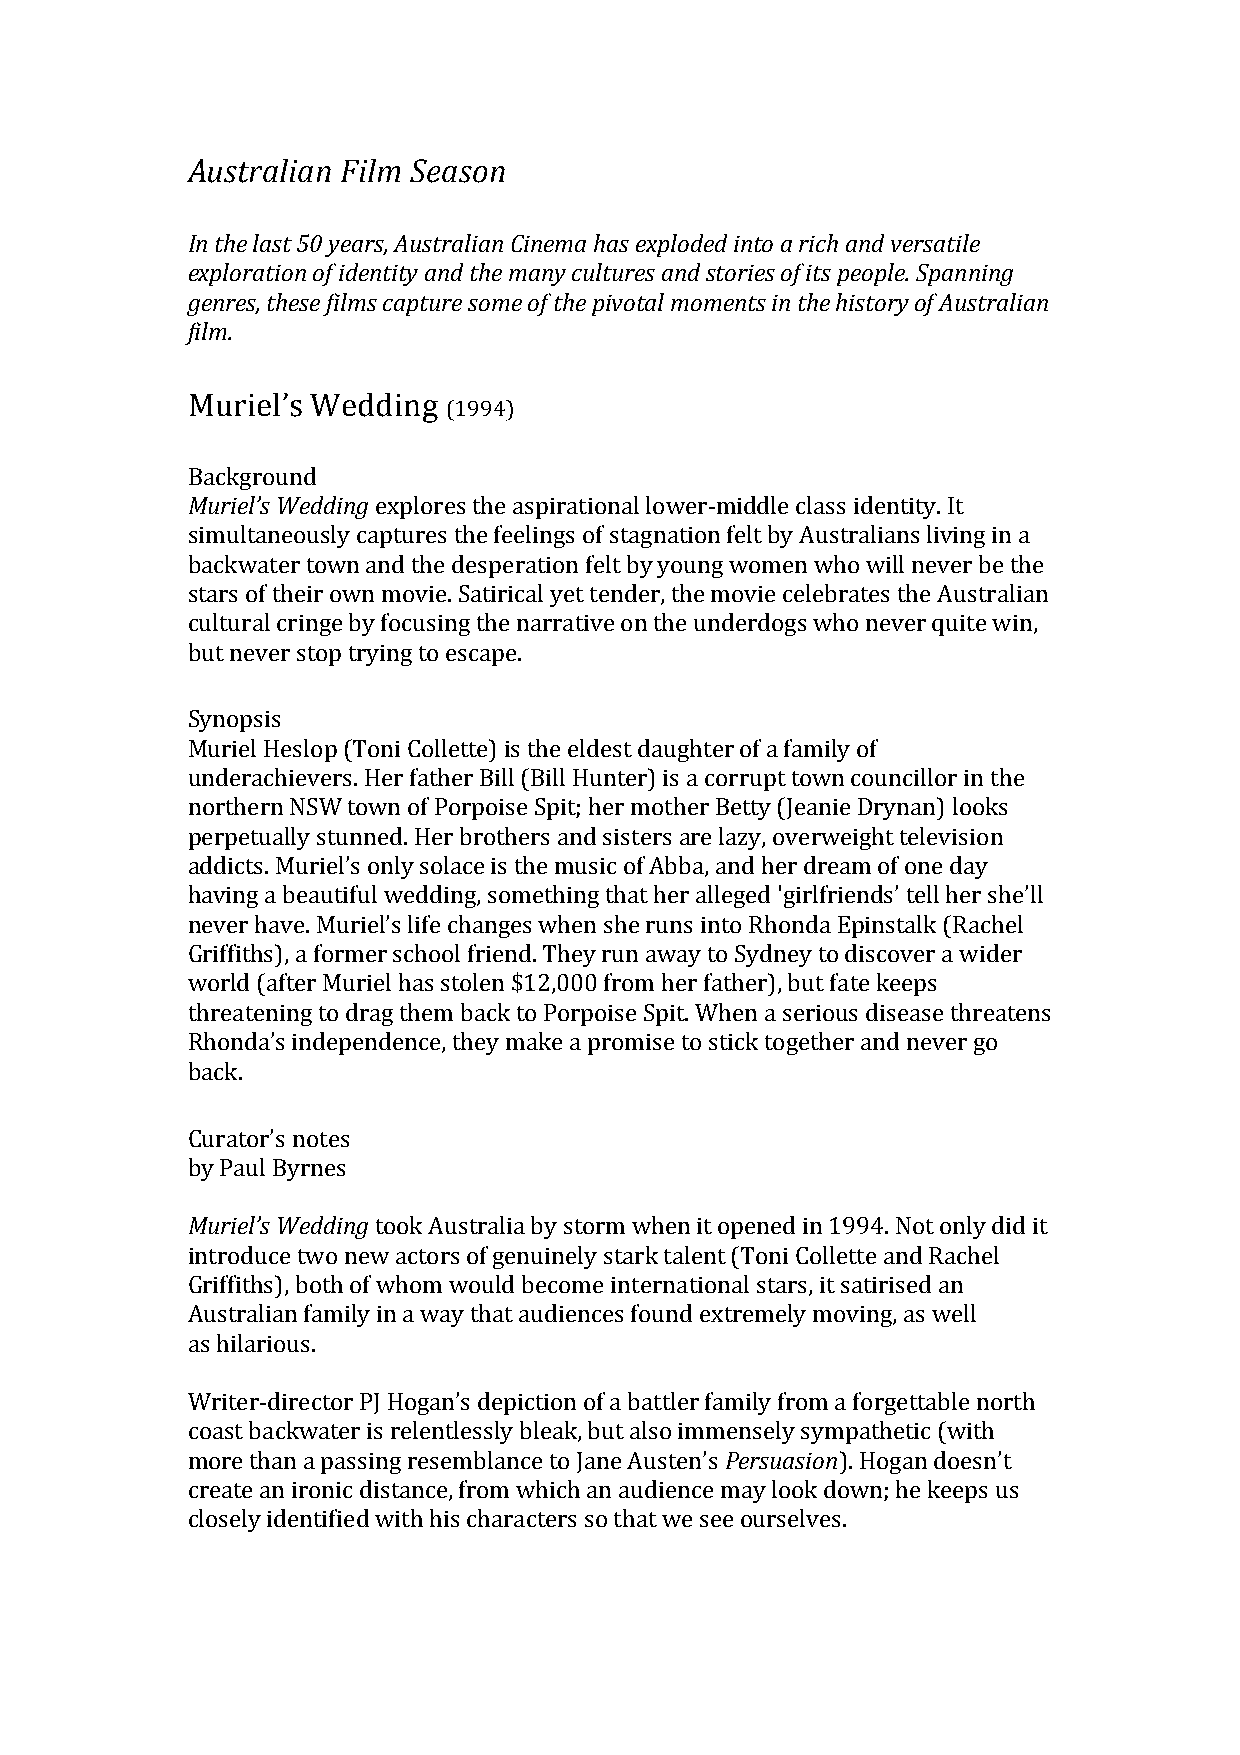
Australian Film Season
 In the last 50 years, Australian Cinema has exploded into a rich and versatile
 exploration of identity and the many cultures and stories of its people. Spanning
 genres, these films capture some of the pivotal moments in the history of Australian
 film.
 Muriel’s Wedding
 (1994)
 Background
 Muriel’s Wedding explores the aspirational lower-middle class identity. It
 simultaneously captures the feelings of stagnation felt by Australians living in a
 backwater town and the desperation felt by young women who will never be the
 stars of their own movie. Satirical yet tender, the movie celebrates the Australian
 cultural cringe by focusing the narrative on the underdogs who never quite win,
 but never stop trying to escape.
 Synopsis
 Muriel Heslop (Toni Collette) is the eldest daughter of a family of
 underachievers. Her father Bill (Bill Hunter) is a corrupt town councillor in the
 northern NSW town of Porpoise Spit; her mother Betty (Jeanie Drynan) looks
 perpetually stunned. Her brothers and sisters are lazy, overweight television
 addicts. Muriel’s only solace is the music of Abba, and her dream of one day
 having a beautiful wedding, something that her alleged 'girlfriends’ tell her she’ll
 never have. Muriel’s life changes when she runs into Rhonda Epinstalk (Rachel
 Griffiths), a former school friend. They run away to Sydney to discover a wider
 world (after Muriel has stolen $12,000 from her father), but fate keeps
 threatening to drag them back to Porpoise Spit. When a serious disease threatens
 Rhonda’s independence, they make a promise to stick together and never go
 back.
 Curator’s notes
 by Paul Byrnes
 Muriel’s Wedding took Australia by storm when it opened in 1994. Not only did it
 introduce two new actors of genuinely stark talent (Toni Collette and Rachel
 Griffiths), both of whom would become international stars, it satirised an
 Australian family in a way that audiences found extremely moving, as well
 as hilarious.
 Writer-director PJ Hogan’s depiction of a battler family from a forgettable north
 coast backwater is relentlessly bleak, but also immensely sympathetic (with
 more than a passing resemblance to Jane Austen’s Persuasion). Hogan doesn’t
 create an ironic distance, from which an audience may look down; he keeps us
 closely identified with his characters so that we see ourselves.